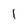
Character: 1